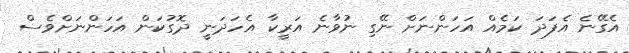
އެގޭނެ އެފަދަ ކަމެއް އަހަންނަށް ނޭގި ނުވާނެ އަރީކާ އެހަދަނީ ދޮގުކަން އަހަންނަށްވެސް